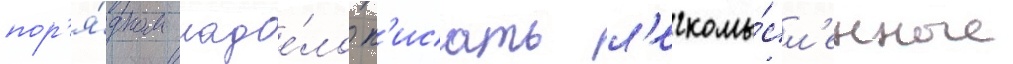
пор'я́дком надое́ло п'исать л'егкомы́сл'енные